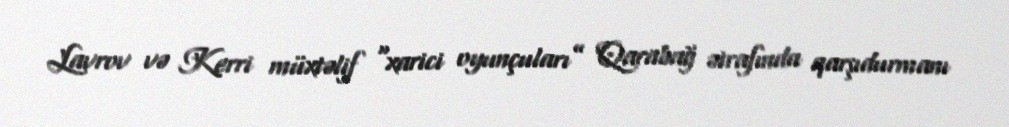
Lavrov və Kerri müxtəlif “xarici oyunçuları” Qarabağ ətrafında qarşıdurmanı